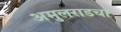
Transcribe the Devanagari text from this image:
अमुलराडचा